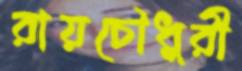
রায়চৌধুরী